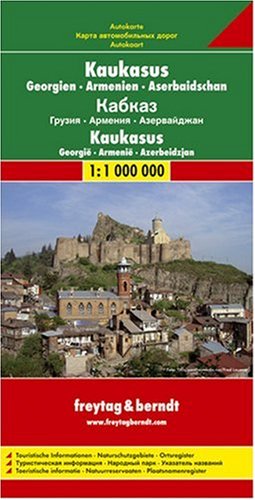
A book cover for Asia Road Map: Caucasus, Georgia, Armenia, Azerbaijan Map; Freytag-Berndt; Travel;